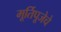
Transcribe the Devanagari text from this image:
मूर्तिपूजेचे